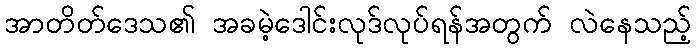
အာတိတ်ဒေသ၏ အခမဲ့ဒေါင်းလုဒ်လုပ်ရန်အတွက် လဲနေသည့်